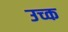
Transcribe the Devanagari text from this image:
उच्क